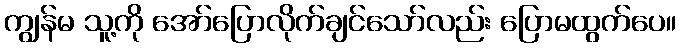
ကျွန်မ သူ့ကို အော်ပြောလိုက်ချင်သော်လည်း ပြောမထွက်ပေ။